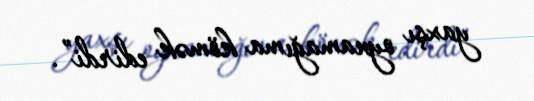
yaxşı oynamağıma kömək edirdi”.